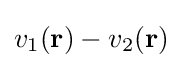
v_{1}(\mathbf {r} )-v_{2}(\mathbf {r} )